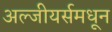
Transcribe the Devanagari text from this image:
अल्जीयर्समधून